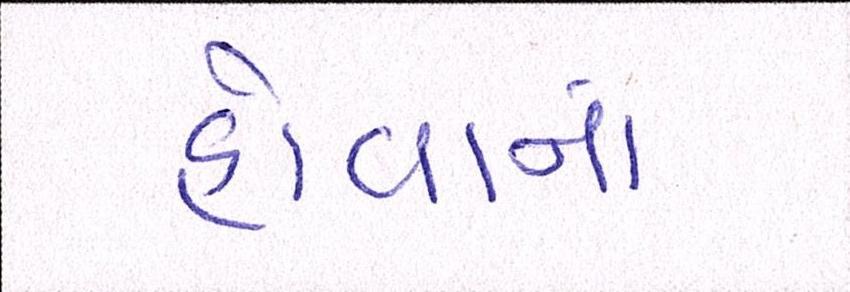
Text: હોવાનાં